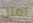
لمثل